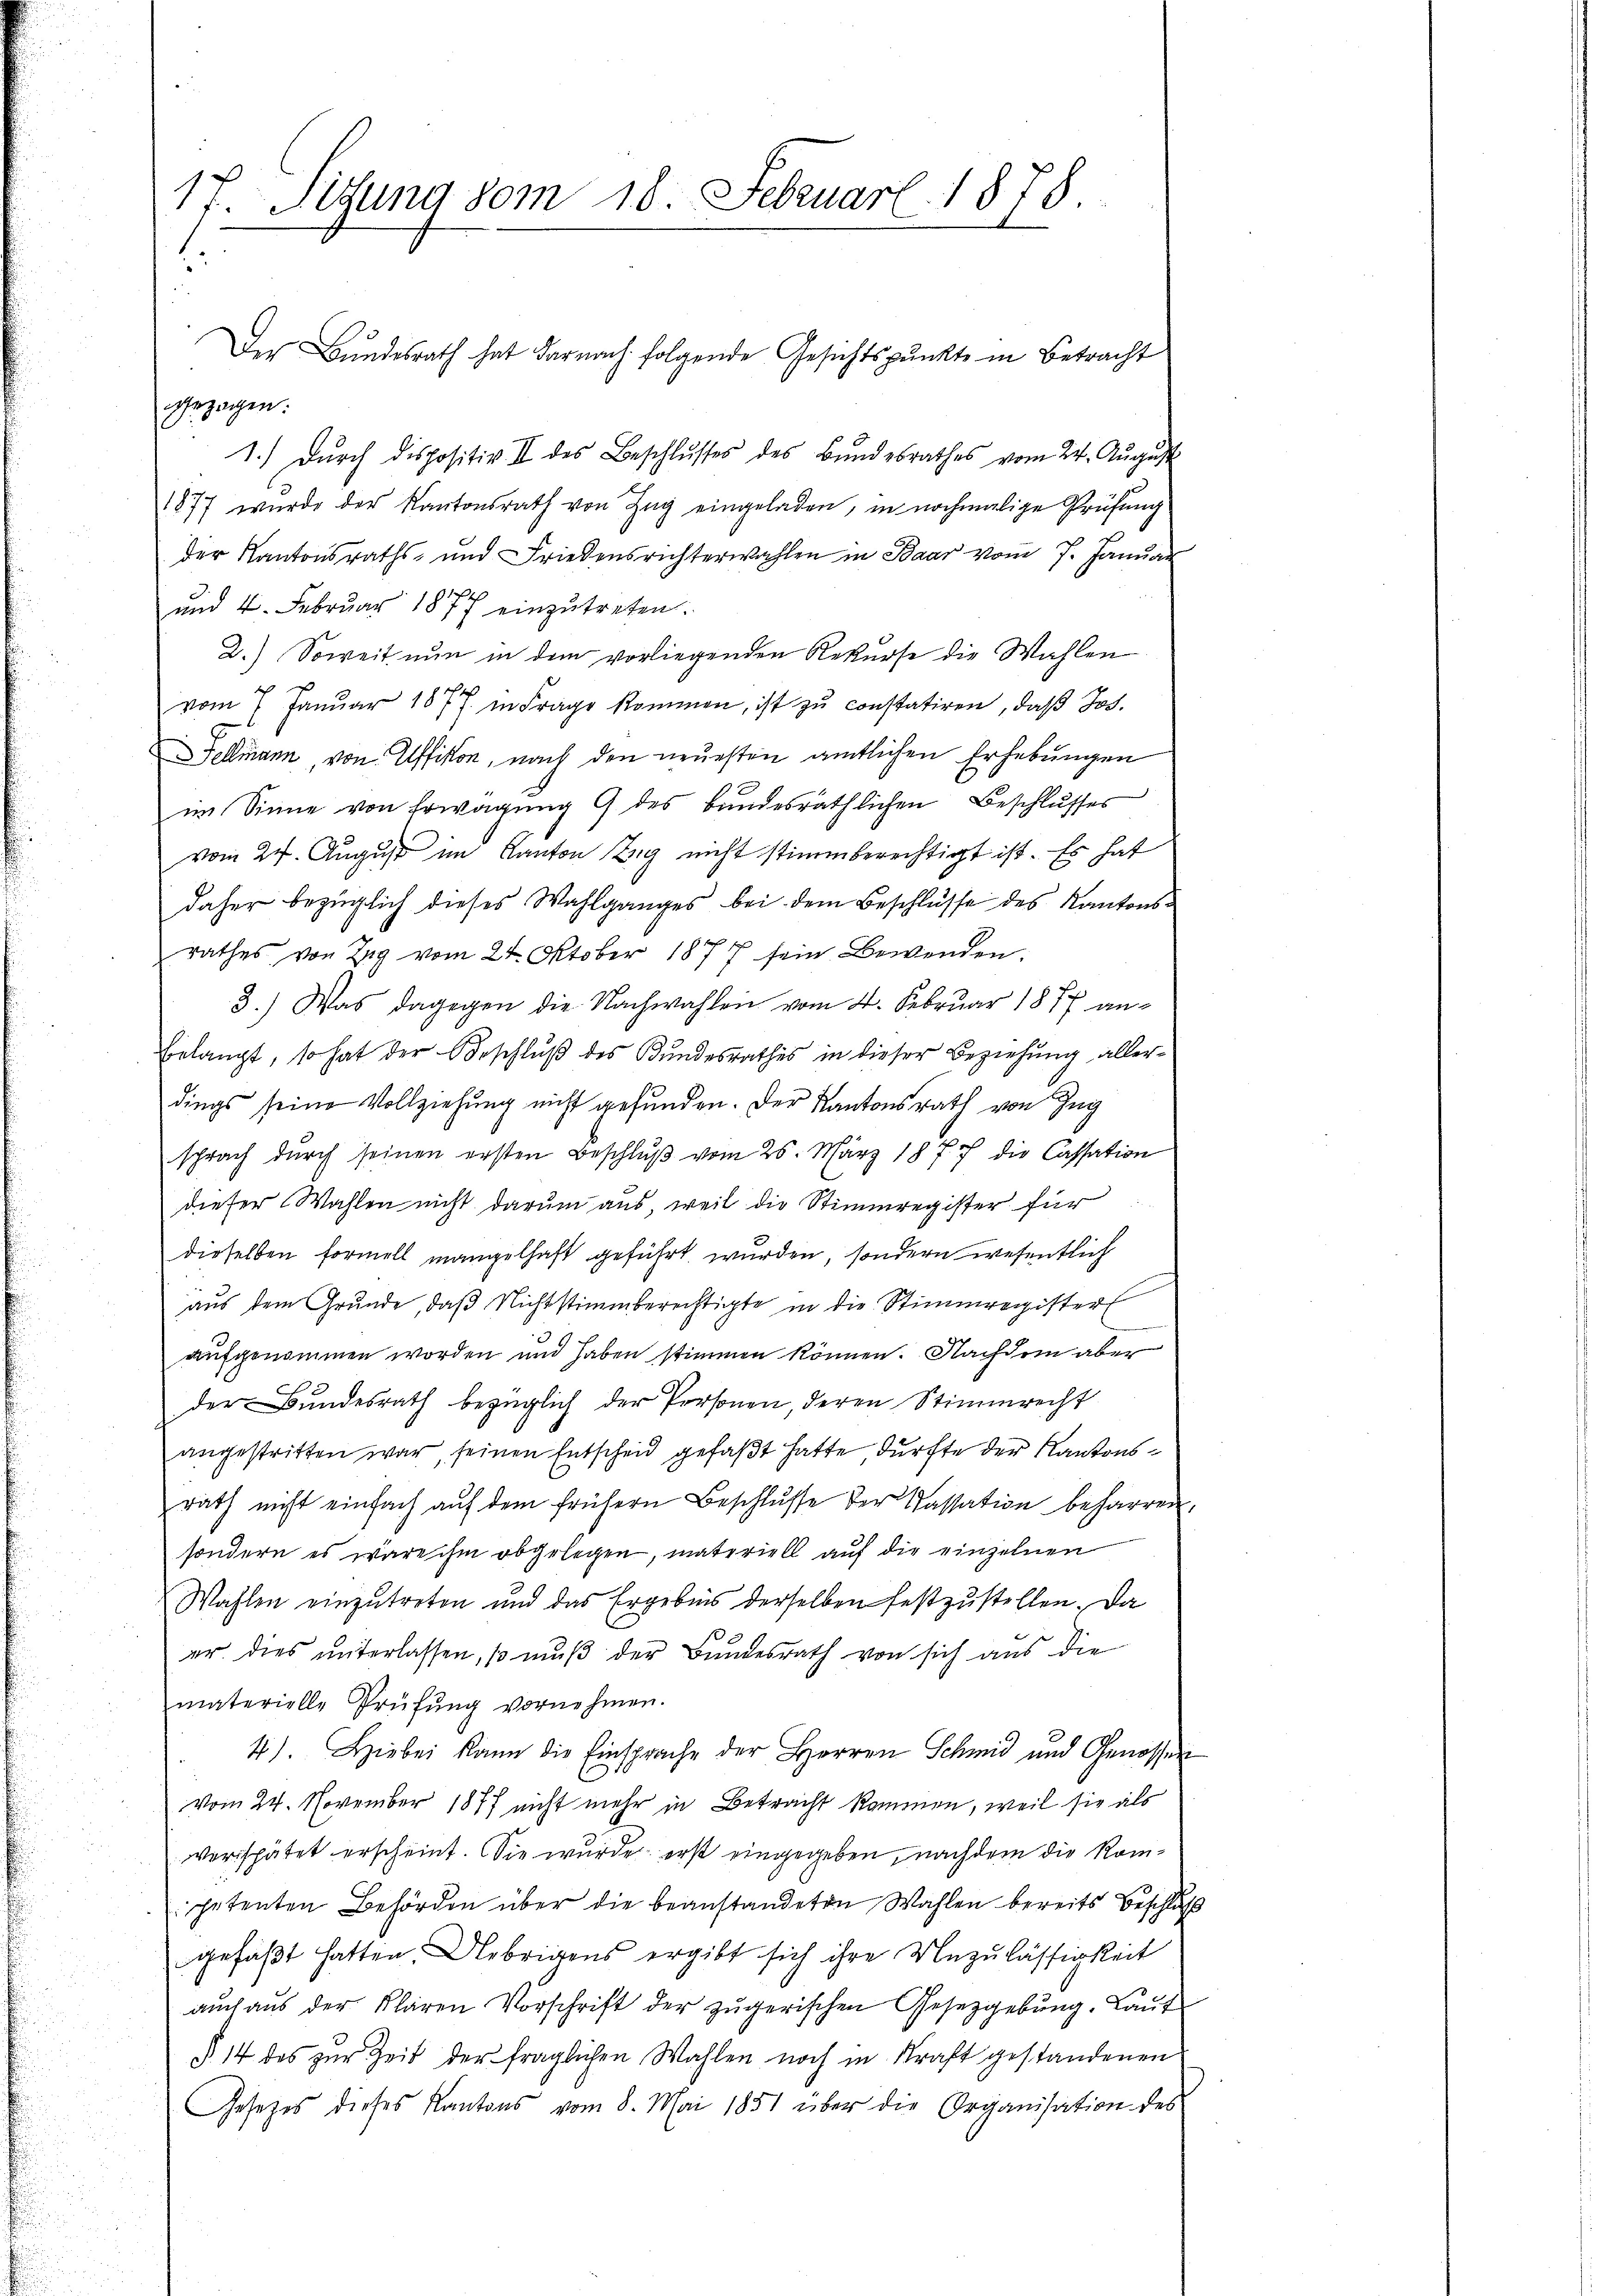
17. Sedung vom 18. Februar 1878.

gezogen:
1.) Durch dispositiv II des Beschlŭsses des Bŭndesrathes vom 24. Aŭgŭst
1877 wurde der Kantonsrath von Zŭg eingeladen, in nochmalige Prüfung
der Kantonsraths- und Friedensrichterwahlen in Baar vom 7. Janŭar
und 4. Februar 1877 einzŭtreten.
2.) Soweit nun in dem vorliegenden Rekurse die Wahlen
vom 7. Janŭar 1877 in Frage kommen, ist zŭ constatiren, daβ Jos.
Fellmann, von Affikon, nach den neuesten amtlichen Erhebungen
im Sinne von Erwägung 9 des bundesräthlichen Beschlusses
vom 24. August im Kanton Zug nicht stimmberechtigt ist. Es hat
daher bezüglich dieses Wahlganges bei dem Beschlüsse des Kantonsrathes von Tag vom 24. Oktober 1877 sein Bewenden.
3.) Was dagegen die Nachwahlen vom 2. Februar 1877 an-
bilangt, so hat der Beschluß des Bundesrathes in dieser Beziehung allerdings seine Vollziehung nicht gefunden. Der Kantonsrath von Zug
sprach durch seinen ersten Beschluß vom 25. März 1877 die Cassation
dieser Wahlen nicht darum aus, weil die Stimmregister für
dieselben formell mangelhaft geführt wurden, sondern wesentlich
aus dem Grunde, daß Nichtstimmberechtigte in die Stimmregister
aufgenommen worden und haben stimmen können. Nachdem aber
der Bundesrath bezüglich der Personen, deren Stimmrecht
angestritten war, seinen Entscheid gefaßt hatte durfte der Kantonsrath nicht einfach aŭf dem frühern Beschlŭsse der Kassation beharren,
sondern es wäre ihm abgelegen, materiell auf die einzelnen
Wahlen einzutreten und das Ergebnis derselben festzustellen. Da
er dies unterlassen, so muß der Bundesrath von sich aus die
materielle Prüfŭng vornehmen.
4). Hiebei kann die Einsprache der Herren Schmid und Genossen
vom 24. November 1877 nicht mehr in Betracht kommen, weil sie als
verspätet erscheint. Sie wurde erst eingegeben, nachdem die Kompetenten Behörden über die beanstandeten Wahlen bereits Beschluß
gefaßt hatten. Uebrigens ergibt sich ihre Unzulässigkeit
auch aus der klären Vorschrift der zugerischen Gesetzgebung. Laut
§ 14 des zur Zeit der fraglichen Wahlen noch in Kraft gestandenen
Gesetzes dieses Kantons vom 8. Mai 1851 über die Organisation des

Der Bundesrath hat darnach folgende Gesichtspunkte in Betracht